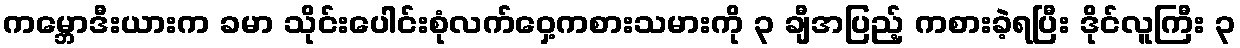
ကမ္ဘောဒီးယားက ခမာ သိုင်းပေါင်းစုံလက်ဝှေ့ကစားသမားကို ၃ ချီအပြည့် ကစားခဲ့ရပြီး ဒိုင်လူကြီး ၃